Scottish Certificate of Education, 1963
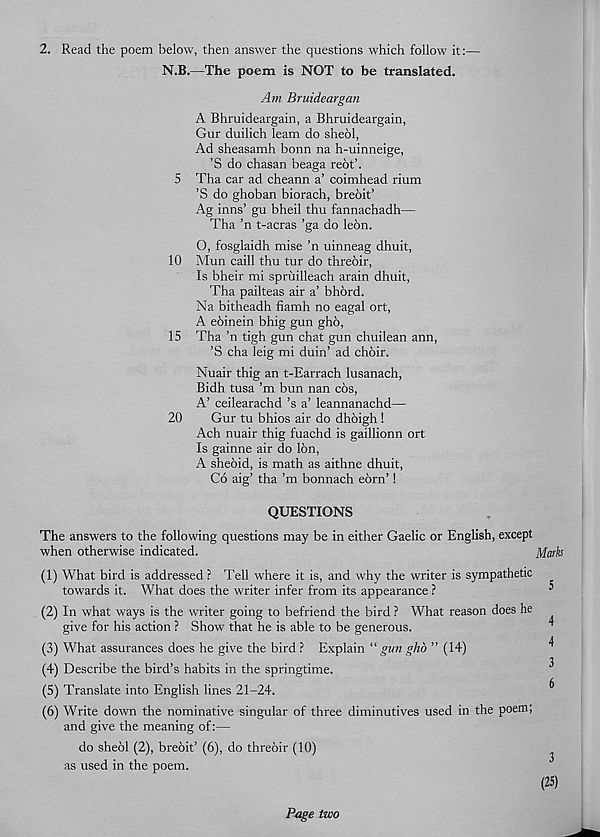
2. Read the poem below, then answer the questions which follow it:—
N.B.—The poem is NOT to be translated.
Am Bruideargan
A Bhruideargain, a Bhmideargain,
Gur duilich leam do sheol,
Ad sheasamh bonn na h-uinneige,
’S do chasan beaga rebt’.
5 Tha car ad cheann a’ coimhead rium
’S do ghoban biorach, brebit’
Ag inns’ gu bheil thu fannachadh—
Tha ’n t-acras ’ga do lebn.
O, fosglaidh mise ’n uinneag dhuit,
10 Mun caill thu tur do threbir,
Is bheir mi spriiilleach arain dhuit,
Tha pailteas air a’ bhbrd.
Na bitheadh fiamh no eagal ort,
A ebinein bhig gun ghb,
15 Tha ’n tigh gun chat gun chuilean ann,
’S cha leig mi duin’ ad choir.
Nuair thig an t-Earrach lusanach,
Bidh tusa’m bun nan cos,
A’ ceilearachd’s a’ leannanachd—
20
Gur tu bhios air do dhbigh !
Ach nuair thig fuachd is gaillionn ort
Is gainne air do Ion,
A shebid, is math as aithne dhuit,
Co aig’ tha’m bonnach ebrn’!
QUESTIONS
The answers to the following questions may be in either Gaelic or English, except
when otherwise indicated.
Mark
(1) What bird is addressed ? Tell where it is, and why the writer is sympathetic
towards it. What does the writer infer from its appearance ?
(2) In what ways is the writer going to befriend the bird ? What reason does he
give for his action ? Show that he is able to be generous.
(3) What assurances does he give the bird ? Explain “ gvn ghb ” (14)
(4) Describe the bird’s habits in the springtime.
(5) Translate into English lines 21-24.
(6) Write down the nominative singular of three diminutives used in the poem;
and give the meaning of:—
do shebl (2), brebit’ (6), do threbir (10)
as used in the poem.
Page two
3
(25)